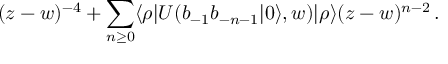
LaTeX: ( z - w ) ^ { - 4 } + \sum _ { n \geq 0 } \langle \rho | U ( b _ { - 1 } b _ { - n - 1 } | 0 \rangle , w ) | \rho \rangle ( z - w ) ^ { n - 2 } \, .